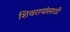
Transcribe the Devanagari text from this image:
शिवरायांसाठी